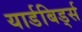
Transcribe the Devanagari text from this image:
यार्डबिर्ड्स